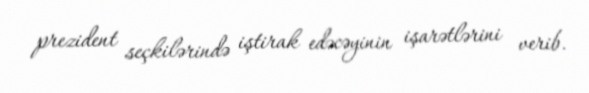
prezident seçkilərində iştirak edəcəyinin işarətlərini verib.